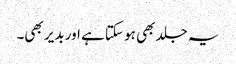
یہ جلد بھی ہو سکتا ہے اور بدیر بھی۔